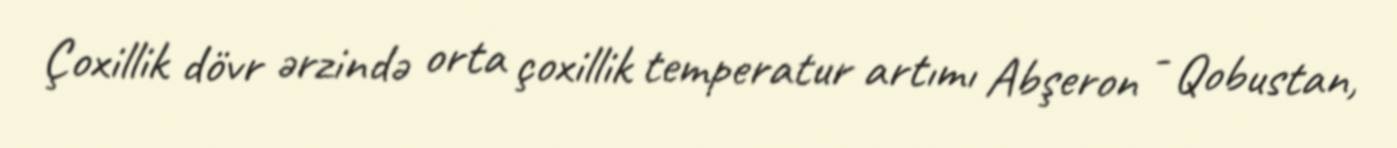
Çoxillik dövr ərzində orta çoxillik temperatur artımı Abşeron - Qobustan,